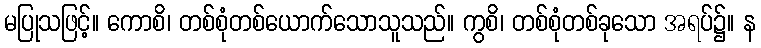
မပြုသဖြင့်။ ကောစိ၊ တစ်စုံတစ်ယောက်သောသူသည်။ ကွစိ၊ တစ်စုံတစ်ခုသော အရပ်၌။ န